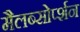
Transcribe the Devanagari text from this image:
मैलब्सोर्प्शन